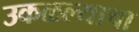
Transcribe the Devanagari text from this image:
उकळल्याचा